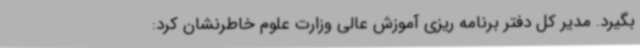
بگیرد. مدیر کل دفتر برنامه ریزی آموزش عالی وزارت علوم خاطرنشان کرد: